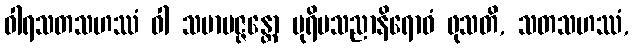
ဝါရသတသဟဿံ ဝါ သမာပဇ္ဇန္တော ပုရိမသညာနိရောဓံ ဖုသတိ, သတသဟဿံ,